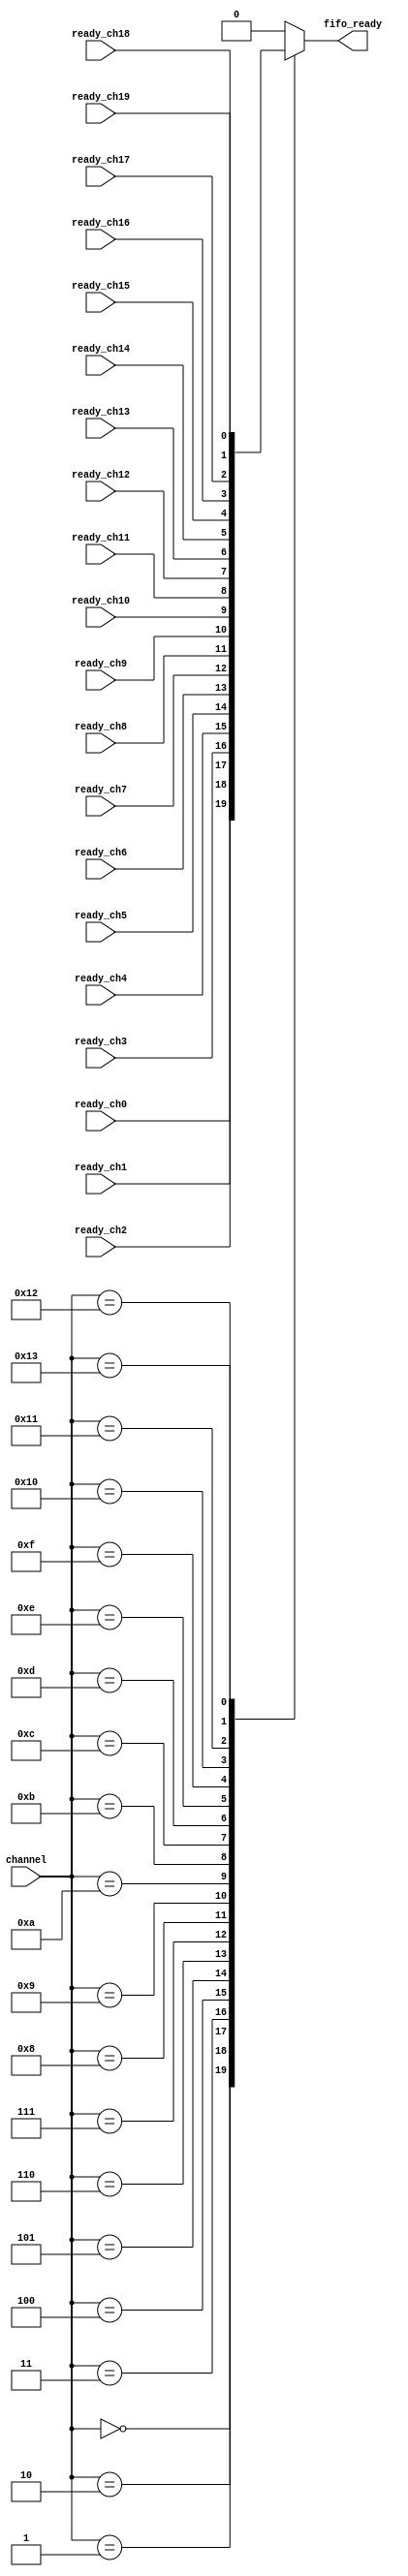
module   sdram_select_r(
						input [7:0]channel,
						
						input ready_ch0,
						input ready_ch1,
						input ready_ch2,
						input ready_ch3,
						input ready_ch4,
						input ready_ch5,
						input ready_ch6,
						input ready_ch7,
						input ready_ch8,
						input ready_ch9,
						input ready_ch10,
						input ready_ch11,
						input ready_ch12,
						input ready_ch13,
						input ready_ch14,
						input ready_ch15,
						input ready_ch16,
						input ready_ch17,
						input ready_ch18,
						input ready_ch19,
						
						output reg fifo_ready
					);


always @(*)
begin
	case(channel)
		8'd0: fifo_ready = ready_ch0;
		8'd1: fifo_ready = ready_ch1;
		8'd2: fifo_ready = ready_ch2;
		8'd3: fifo_ready = ready_ch3;
		8'd4: fifo_ready = ready_ch4;
		8'd5: fifo_ready = ready_ch5;
		8'd6: fifo_ready = ready_ch6;
		8'd7: fifo_ready = ready_ch7;
		8'd8: fifo_ready = ready_ch8;
		8'd9: fifo_ready = ready_ch9;
		8'd10: fifo_ready = ready_ch10;
		8'd11: fifo_ready = ready_ch11;
		8'd12: fifo_ready = ready_ch12;
		8'd13: fifo_ready = ready_ch13;
		8'd14: fifo_ready = ready_ch14;
		8'd15: fifo_ready = ready_ch15;
		8'd16: fifo_ready = ready_ch16;
		8'd17: fifo_ready = ready_ch17;
		8'd18: fifo_ready = ready_ch18;
		8'd19: fifo_ready = ready_ch19;
		default:
				fifo_ready = 1'b0;
		endcase	
end	

endmodule